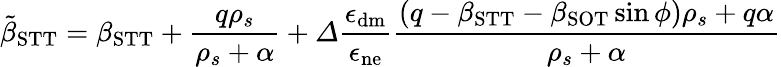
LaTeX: \tilde{\beta}_{\mathrm{STT}}=\beta_{\mathrm{STT}}+\frac{q\rho_{s}}{\rho_{s}+\alpha}+\varDelta\frac{\epsilon_{\mathrm{dm}}}{\epsilon_{\mathrm{ne}}}\frac{\left(q-\beta_{\mathrm{STT}}-\beta_{\mathrm{SOT}}\sin\phi\right)\rho_{s}+q\alpha}{\rho_{s}+\alpha}